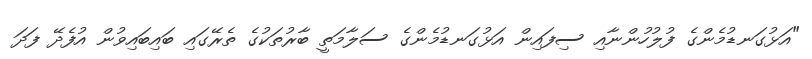
"އަޅުގަނޑުމެންގެ ފުލުހުންނާއި ސިފައިން އަޅުގަނޑުމެންގެ ސަލާމަތީ ބާރުތަކުގެ ތެރޭގައި ބައިބައިވުން އުފެދޭ ފަދަ